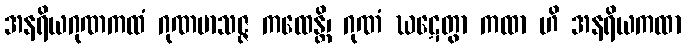
အနရိယဂုဏကထံ ဂုဏမာသဇ္ဇ ကထေန္တိ၊ ဂုဏံ ဃဋေတွာ ကထာ ဟိ အနရိယကထာ